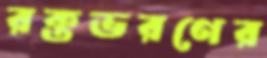
রক্তভরণের